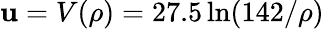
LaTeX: \mathbf{u}=V(\rho)=27.5\ln(142/\rho)